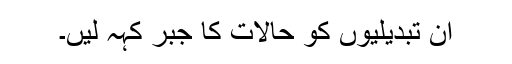
ان تبدیلیوں کو حالات کا جبر کہہ لیں۔